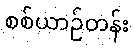
စစ်ယာဉ်တန်း